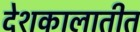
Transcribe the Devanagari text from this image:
देशकालातीत